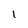
Character: 1